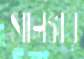
সালঙ্কার